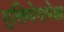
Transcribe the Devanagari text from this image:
मुक्तिवेगापेक्षा